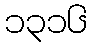
၁၃၁၆